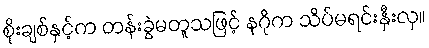
စိုးချစ်နှင့်က တန်းခွဲမတူသဖြင့် နဂိုက သိပ်မရင်းနှီးလှ။